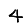
Digit: 4